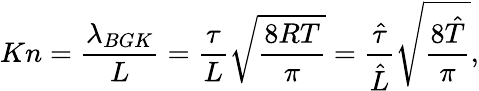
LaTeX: Kn=\frac{{{\lambda_{BGK}}}}{L}=\frac{\tau}{L}\sqrt{\frac{{8RT}}{\pi}}=\frac{{\hat{\tau}}}{{\hat{L}}}\sqrt{\frac{{8\hat{T}}}{\pi}},